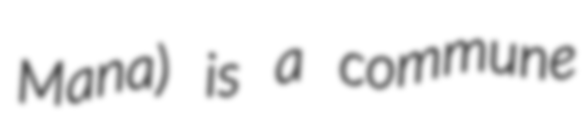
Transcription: Mana) is a commune